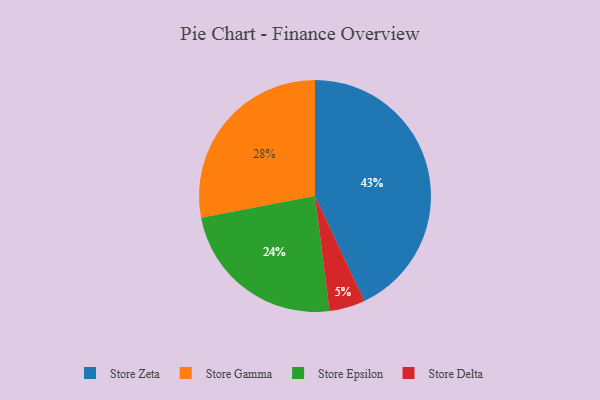
{"axis": {"x": "Category", "y": "Percentage"}, "legend": ["Store Delta", "Store Epsilon", "Store Gamma", "Store Zeta"], "data": [{"x": "Store Delta", "y": 5, "type": "Store Delta"}, {"x": "Store Epsilon", "y": 24, "type": "Store Epsilon"}, {"x": "Store Gamma", "y": 28, "type": "Store Gamma"}, {"x": "Store Zeta", "y": 43, "type": "Store Zeta"}]}